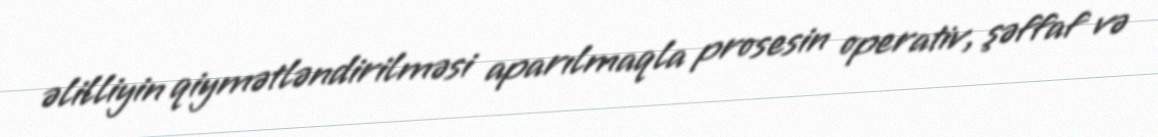
əlilliyin qiymətləndirilməsi aparılmaqla prosesin operativ, şəffaf və